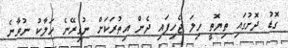
ގޮޑު ދޮށުގައި ތިޔޮތީ ހިލަ ޖެހިފައި ދެން އިތުރަކަށް ނުގިރޭނެ ހަލާކު ނުވާނެ